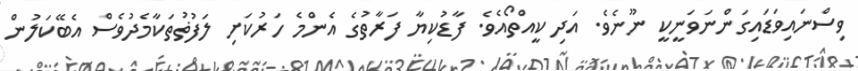
ވިސްނައިވަޑައިގަންނަވަނީކީ ނޫނެވެ. އަދި ކީއްތޯއެވެ. ފާޑުކިޔާ ފަރާތުގެ އެންމެ ހަރުކަށި ލަފުޡުތަކާމެދުވެސް އެބޭކަލުން